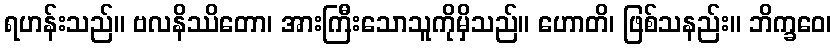
ရဟန်းသည်။ ဗလနိဿိတော၊ အားကြီးသောသူကိုမှိသည်။ ဟောတိ၊ ဖြစ်သနည်း။ ဘိက္ခဝေ၊